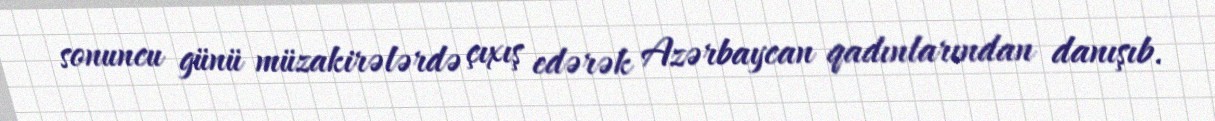
sonuncu günü müzakirələrdə çıxış edərək Azərbaycan qadınlarından danışıb.